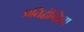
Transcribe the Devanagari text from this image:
प्रतिद्वंन्द्विता